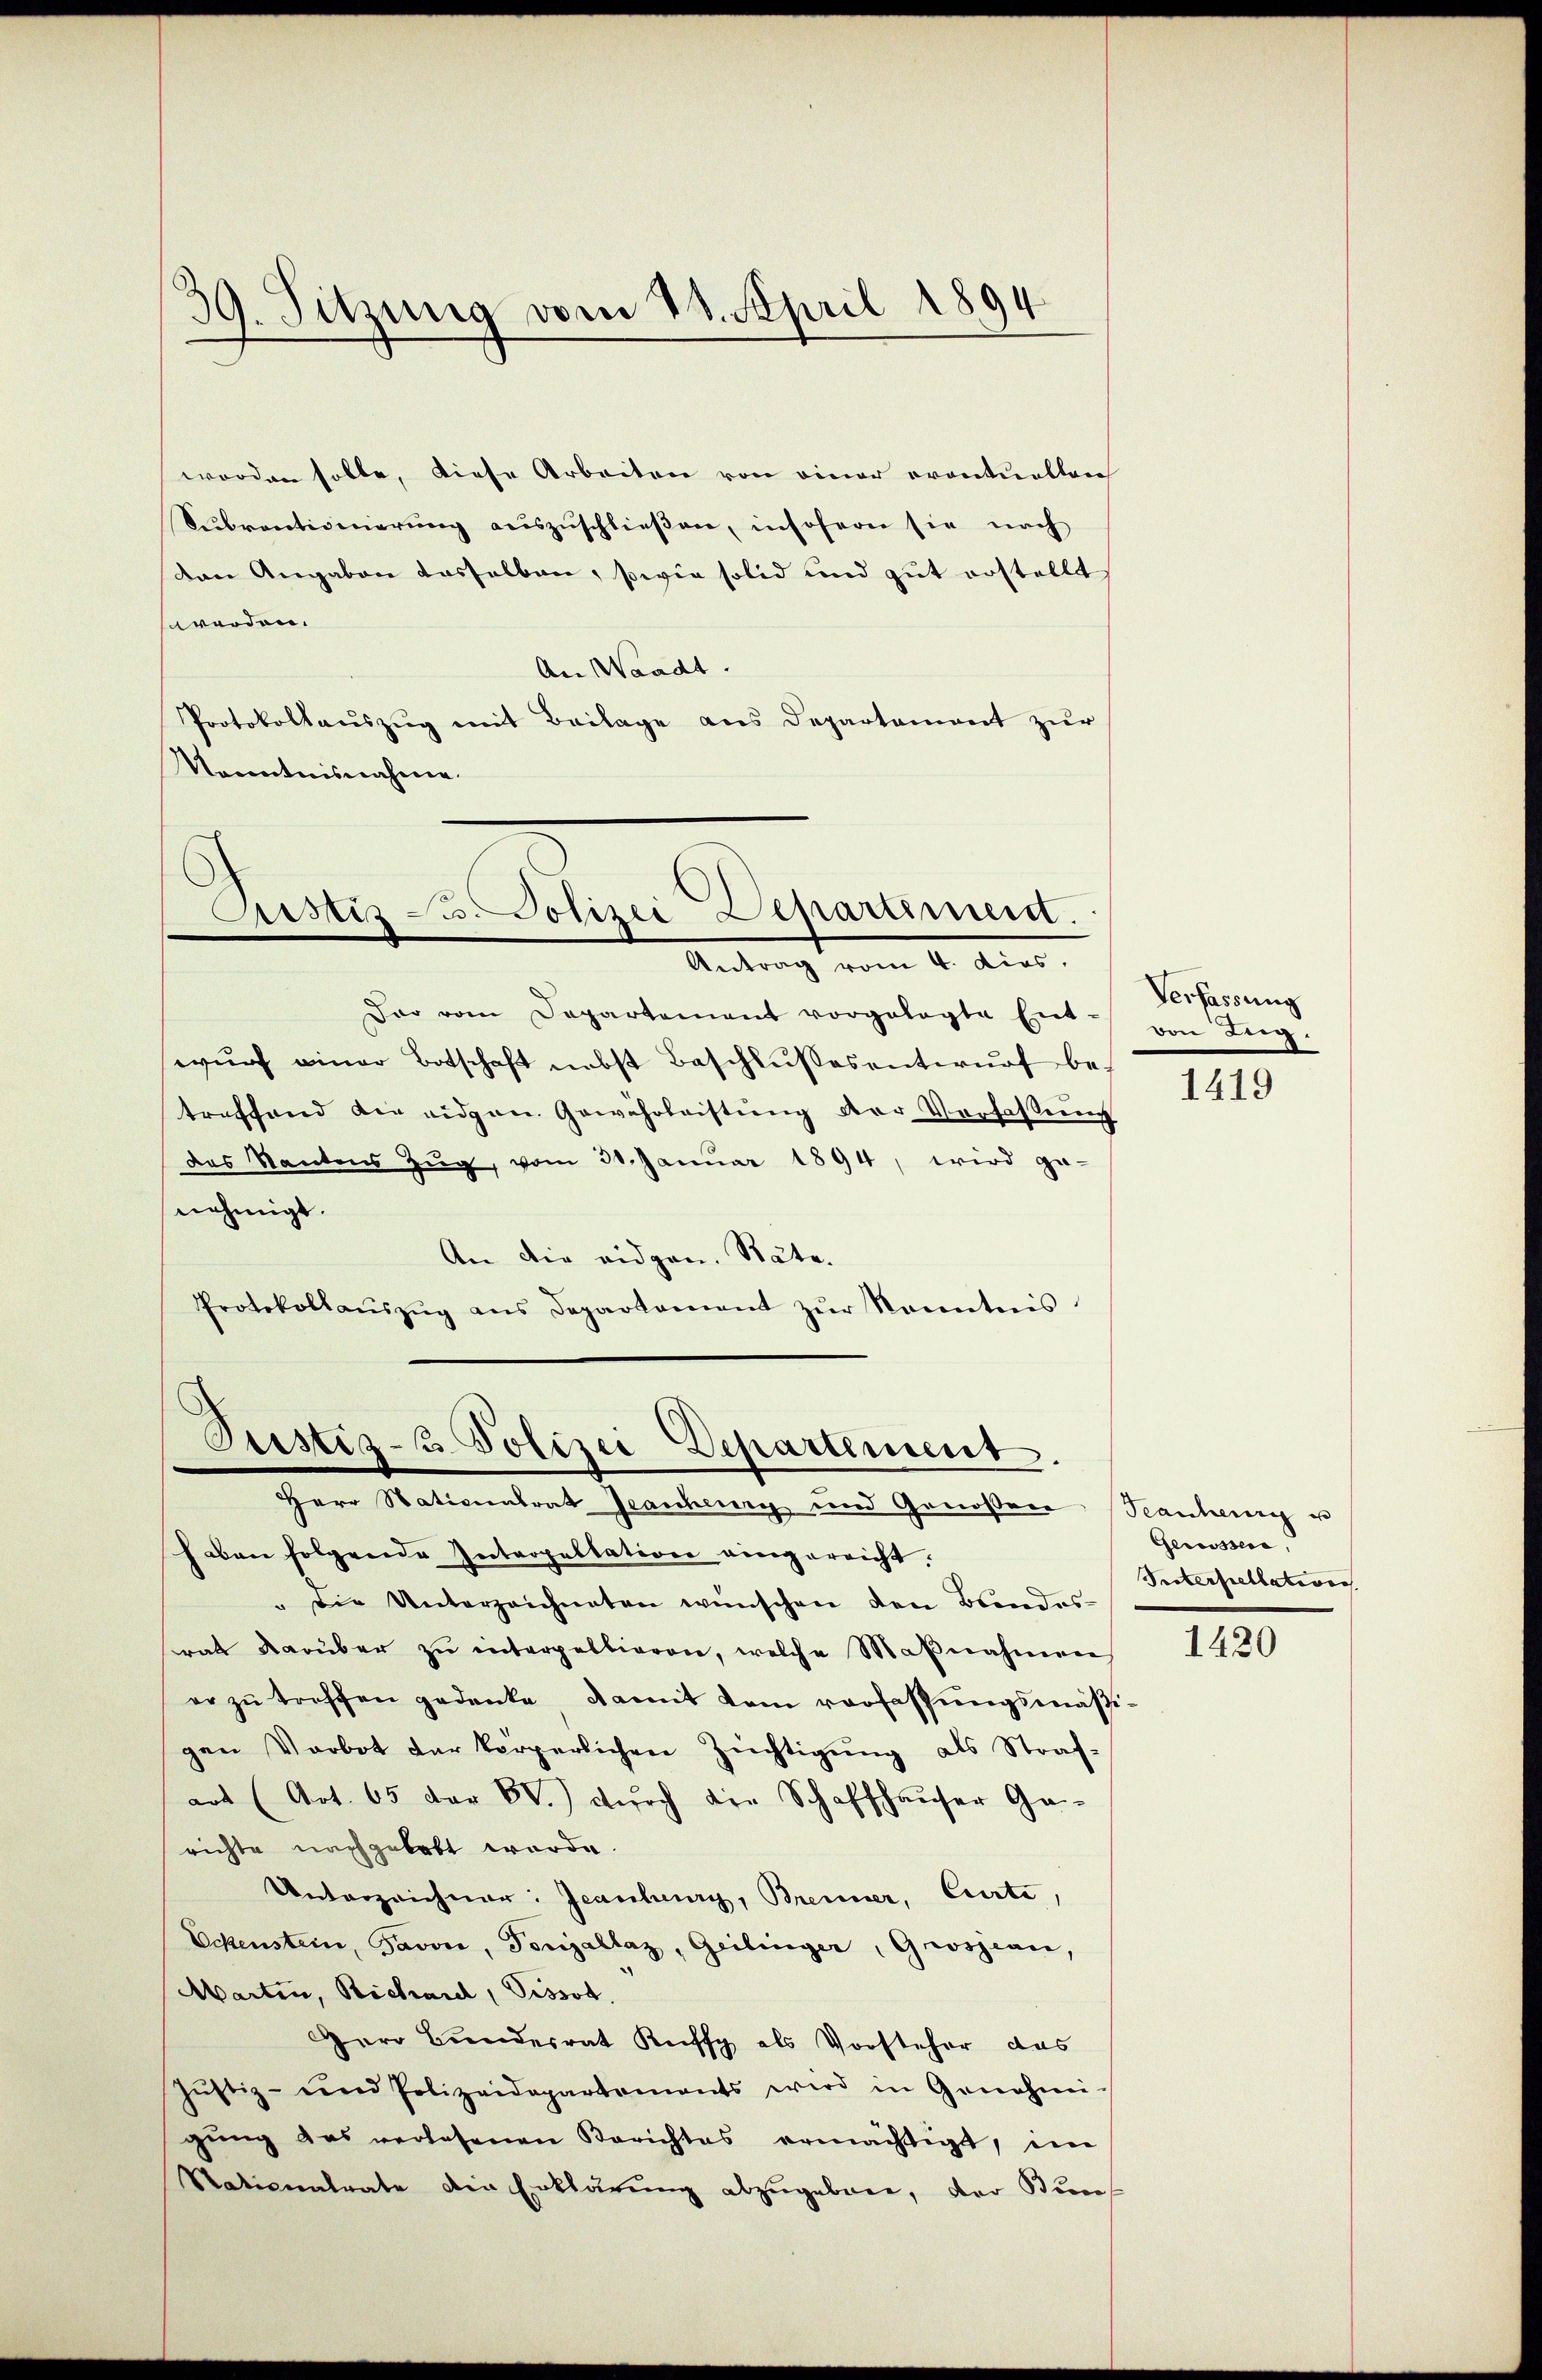
worden solle, diese Arbeiten von einer eventuellen
Subventionierŭng aŭszŭschlieβen, insofern sie nach
den Angaben dasselben, sowie solid und gut erstellt
werden.
An Waadt.
Protokollauszug mit Beilage aus Departement zur
anntnisnahme.

19. Sitzung vom 28. April 1894

Astiz u. Polizei Departiment.
Antrag vom 4. Aug.

Dar vom Departement vorgelegte Ent-
wŭrf einer Botschaft nebst Beschlŭβesentwŭrf be-
treffend die eidgen. Gewährleistŭng der Verfassung
das Kantons Zŭg, vom 31. Januar 1894, wird ge-
nehmigt.
An die eidgen. Räte.
Protokollaŭszŭg ans Departament zŭr Kenntnis

Justiz- Polizei Departement.
Herr Nationalrat Jeanheury und Genossen (Seanchen u

haben folgende Interpellation eingereicht
die Unterzeichneten wünschen den Bundes-
rat darüber zu interpellieren, welche Maβnahmen
er zŭ treffen gedenke, damit dem verfassŭngsmäßigen Vorbot der körperlichen Züchtigung als Straf-
art (Art. 65 der VV.) durch die Schaffhauser Ge-
richte nachgelebt wurde.
Unterzeichner: Jeanburg, Brenner, Ciirte,
Ockenstein, Favon, Torijallaz, Geilinger, Grosjean,
Warten, Richard, Pissot.
Herr Bundesrat Kuff als Vorsteher das
Jŭstiz- und Polizeidepartements wird in Genehmi-
gŭng das verlesenen Berichtes ermächtigt, im
Nationalrate die Erklärung abzugebene, der Benef

Verfassung
ven Lig.
1419

Genossen,
Seiterpellation

1420